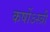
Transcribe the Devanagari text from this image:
कर्षोऽस्त्री